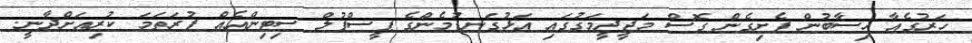
ހަރުގެއާ ހިސާބުން ފެށިގެން ގޮސް މަޖީދީމަގުގައި އަޅުގަނޑުމެންގެ ޕީސްފުލް ސިޓިންއެއް ފުރަަތަމަ ކުރިއަށްދާނީ.